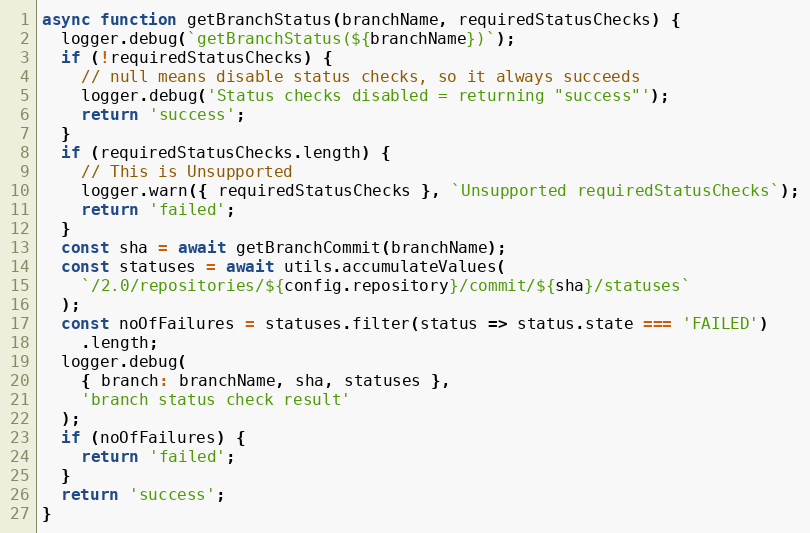
Language: JavaScript
async function getBranchStatus(branchName, requiredStatusChecks) {
  logger.debug(`getBranchStatus(${branchName})`);
  if (!requiredStatusChecks) {
    // null means disable status checks, so it always succeeds
    logger.debug('Status checks disabled = returning "success"');
    return 'success';
  }
  if (requiredStatusChecks.length) {
    // This is Unsupported
    logger.warn({ requiredStatusChecks }, `Unsupported requiredStatusChecks`);
    return 'failed';
  }
  const sha = await getBranchCommit(branchName);
  const statuses = await utils.accumulateValues(
    `/2.0/repositories/${config.repository}/commit/${sha}/statuses`
  );
  const noOfFailures = statuses.filter(status => status.state === 'FAILED')
    .length;
  logger.debug(
    { branch: branchName, sha, statuses },
    'branch status check result'
  );
  if (noOfFailures) {
    return 'failed';
  }
  return 'success';
}